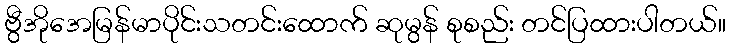
ဗွီအိုအေမြန်မာပိုင်းသတင်းထောက် ဆုမွန် စုစည်း တင်ပြထားပါတယ်။